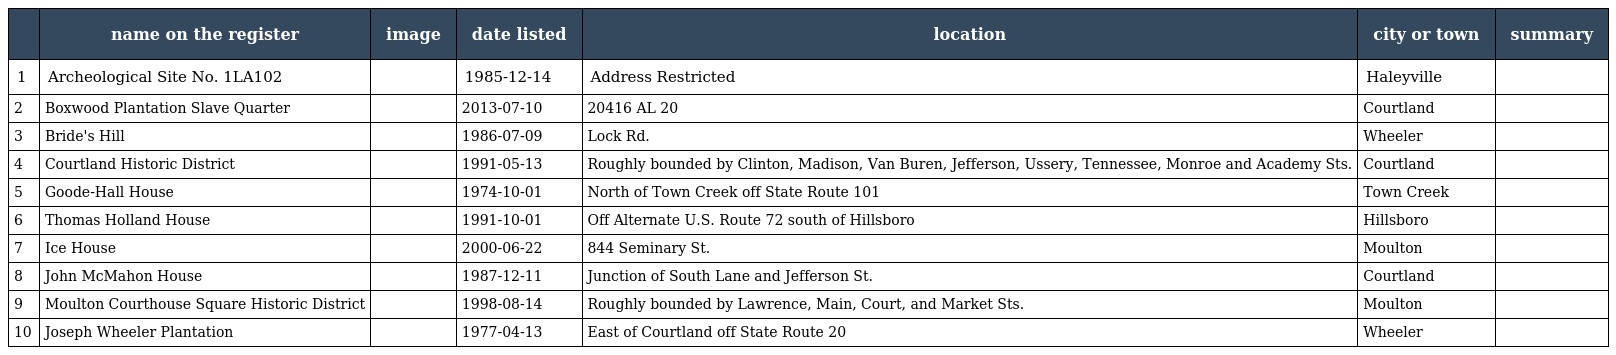
|  | name on the register | image | date listed | location | city or town | summary |
 | --- | --- | --- | --- | --- | --- | --- |
 | 1 | Archeological Site No. 1LA102 |  | 1985-12-14 | Address Restricted | Haleyville |  |
 | 2 | Boxwood Plantation Slave Quarter |  | 2013-07-10 | 20416 AL 20 | Courtland |  |
 | 3 | Bride's Hill |  | 1986-07-09 | Lock Rd. | Wheeler |  |
 | 4 | Courtland Historic District |  | 1991-05-13 | Roughly bounded by Clinton, Madison, Van Buren, Jefferson, Ussery, Tennessee, Monroe and Academy Sts. | Courtland |  |
 | 5 | Goode-Hall House |  | 1974-10-01 | North of Town Creek off State Route 101 | Town Creek |  |
 | 6 | Thomas Holland House |  | 1991-10-01 | Off Alternate U.S. Route 72 south of Hillsboro | Hillsboro |  |
 | 7 | Ice House |  | 2000-06-22 | 844 Seminary St. | Moulton |  |
 | 8 | John McMahon House |  | 1987-12-11 | Junction of South Lane and Jefferson St. | Courtland |  |
 | 9 | Moulton Courthouse Square Historic District |  | 1998-08-14 | Roughly bounded by Lawrence, Main, Court, and Market Sts. | Moulton |  |
 | 10 | Joseph Wheeler Plantation |  | 1977-04-13 | East of Courtland off State Route 20 | Wheeler |  |